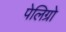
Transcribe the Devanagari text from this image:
पेलिग्रो